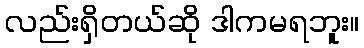
လည်းရှိတယ်ဆို ဒါကမရဘူး။